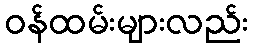
ဝန်ထမ်းများလည်း